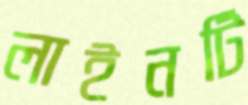
লাইনটি